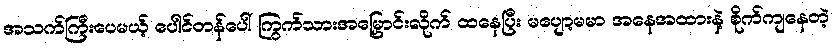
အသက်ကြီးပေမယ့် ပေါင်တန်ပေါ် ကြွက်သားအမြှောင်းလိုက် ထနေပြီး မပျော့မမာ အနေအထားနဲ့ စိုက်ကျနေတဲ့